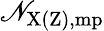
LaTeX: \mathscr{N}_{\mathrm{{X(Z),mp}}}